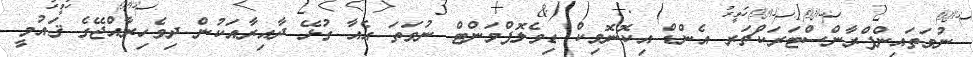
ނުވަތައިންފްރާންސްޓަރަކްޗަރ އެންޑް އިކޮނޮމިކް ޑިވެލޮޕްމަންޓް ނުވަތަ އެއާ ގުޅޭ ދާއިރާއަކުން ދިވެހިރާއްޖޭގެ ޤައުމީ